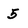
Character: 5